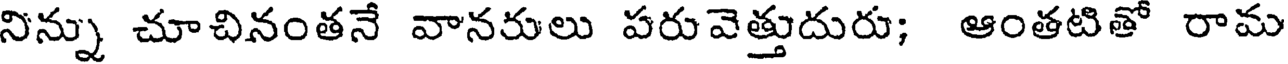
నిన్ను చూచినంతనే వానరులు పరువెత్తుదురు; ఆంతటితో రామ